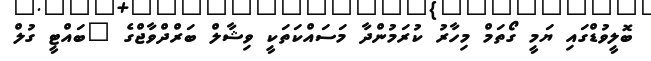
ބޮލީވުޑްގައި ޔަމީ ގޯތަމް މިހާރު ކުރަމުންދާ މަސައްކަތަކީ ވިޝާލް ބަރްދްވާޖްގެ "ބައްޓީ ގުލް